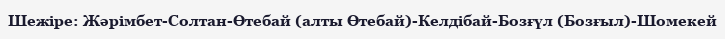
Шежіре: Жәрімбет-Солтан-Өтебай (алты Өтебай)-Келдібай-Бозғүл (Бозғыл)-Шомекей